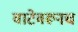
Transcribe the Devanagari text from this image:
वाटेवरूनच